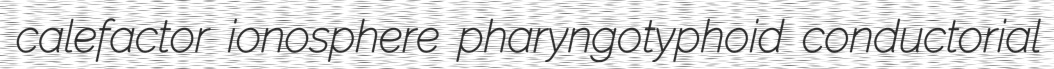
calefactor ionosphere pharyngotyphoid conductorial